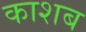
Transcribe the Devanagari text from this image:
काशब